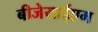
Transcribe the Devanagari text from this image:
बीजेयाईएम